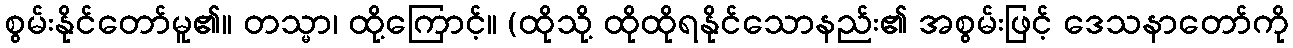
စွမ်းနိုင်တော်မူ၏။ တသ္မာ၊ ထို့ကြောင့်။ (ထိုသို့ ထိုထိုရနိုင်သောနည်း၏ အစွမ်းဖြင့် ဒေသနာတော်ကို